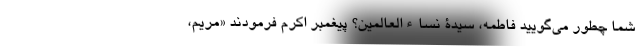
شما چطور می‌گویید فاطمه، سیدة نساءالعالمین؟ پیغمبر اکرم فرمودند «مریم،